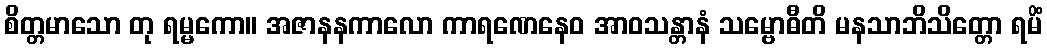
စိတ္တမာသော တု ရမ္မကော။ အဇာနနကာလော ကာရဏေနေဝ အာဝသန္တာနံ သမ္ဗောဓီတိ မနသာဘိသိတ္တော ရမိံ